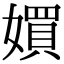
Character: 㜥